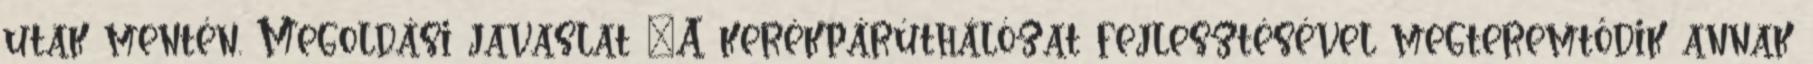
utak mentén. Megoldási javaslat ▪A kerékpárúthálózat fejlesztésével megteremtődik annak